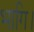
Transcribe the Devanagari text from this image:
भागि।